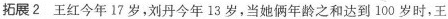
拓展2 王红今年17岁，刘丹今年13岁，当她俩年龄之和达到100岁时，王